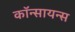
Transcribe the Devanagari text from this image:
कॉन्सायन्स